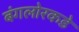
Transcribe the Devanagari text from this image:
बंगलोरकडे